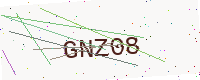
Text: GNZ08